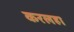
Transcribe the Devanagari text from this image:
करलहा